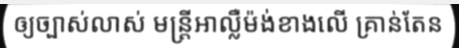
ឲ្យច្បាស់លាស់ មន្ត្រីអាល្លឺម៉ង់ខាងលើ គ្រាន់តែន